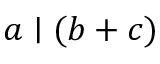
a \mid ( b + c )